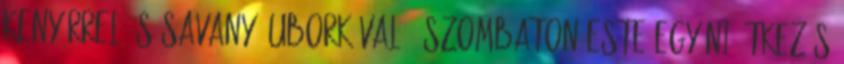
kenyérrel és savanyú uborkával . Szombaton este egyéni étkezés